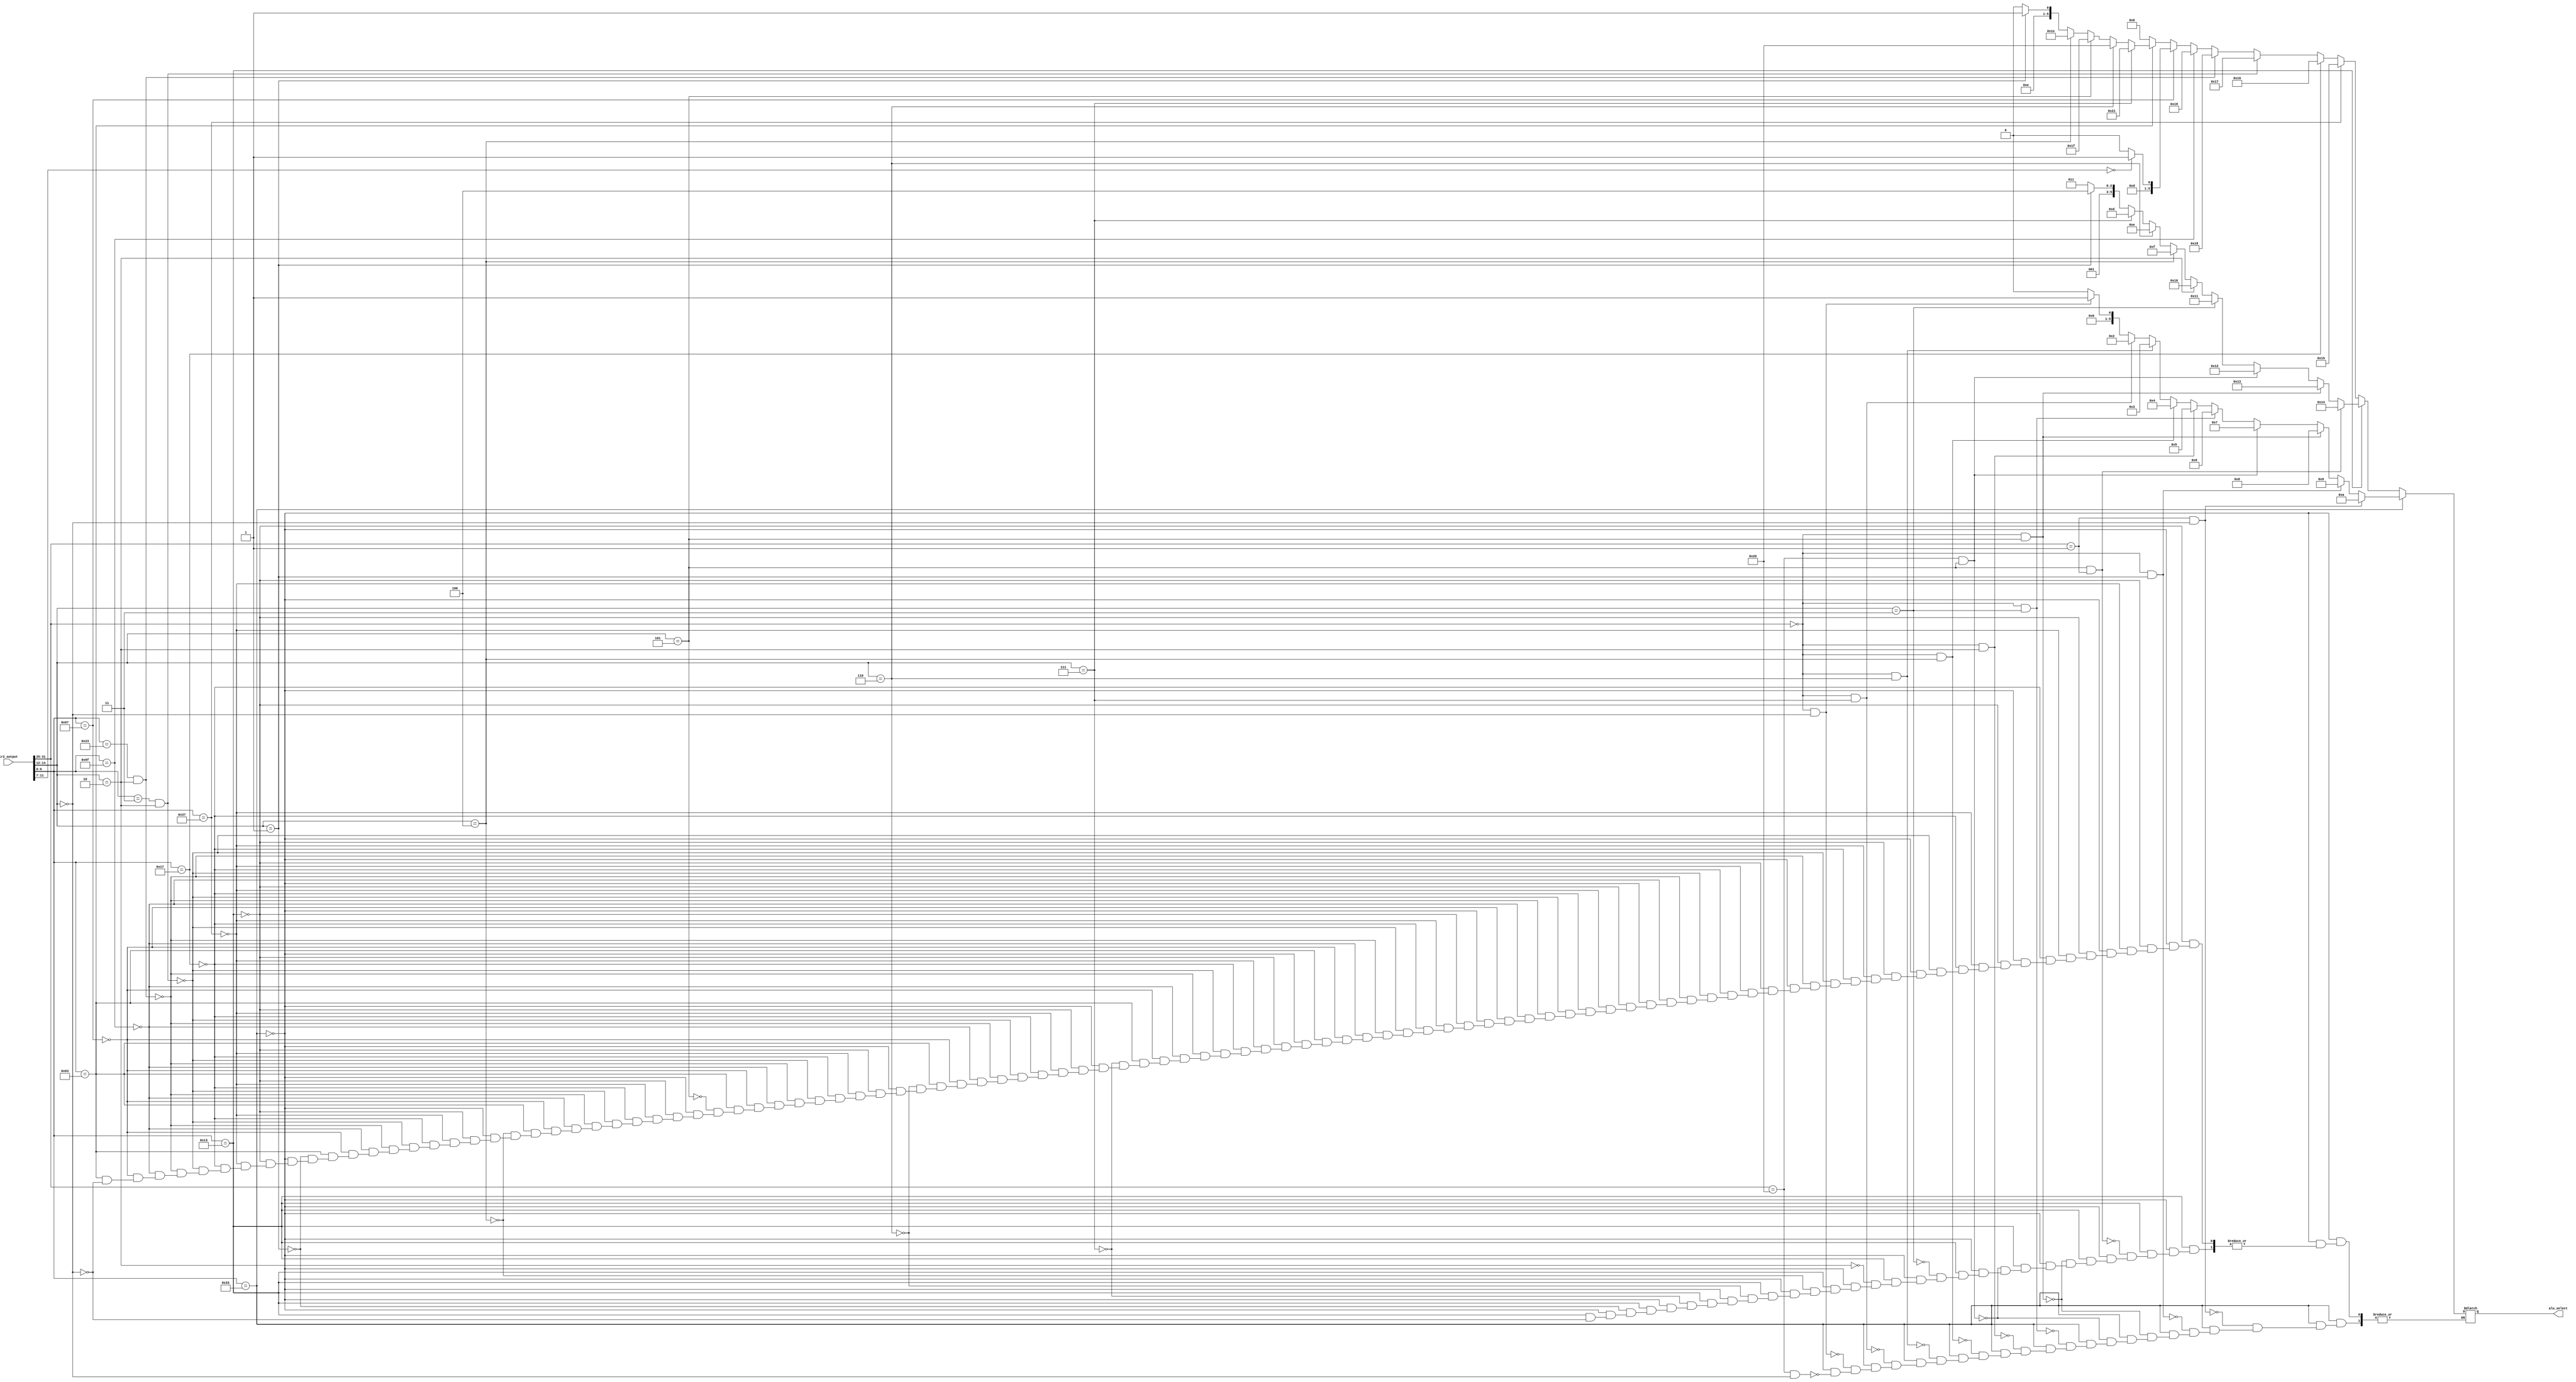
module alu_decode(ir2_output,alu_select);
input[31:0] ir2_output;
output[5:0] alu_select;
reg[5:0] alu_select;
always @(*)
		begin

		if(ir2_output[6:0]==7'b0110011)
		begin
		if(ir2_output[31:25]==7'b0100000&&ir2_output[14:12]==3'b000)
		alu_select = 6'b000000;//add
		if(ir2_output[31:25]==7'b0000000&&ir2_output[14:12]==3'b000)
		alu_select = 6'b000001;//sub
		if(ir2_output[31:25]==7'b0000000&&ir2_output[14:12]==3'b111)
		alu_select = 6'b000010;//and
		if(ir2_output[31:25]==7'b0000000&&ir2_output[14:12]==3'b110)
		alu_select = 6'b000011;//or
		if(ir2_output[31:25]==7'b0000000&&ir2_output[14:12]==3'b100)
		alu_select = 6'b000100;//xor
		if(ir2_output[31:25]==7'b0000000&&ir2_output[14:12]==3'b010)
		alu_select = 6'b000101;//slt
		if(ir2_output[31:25]==7'b0000000&&ir2_output[14:12]==3'b011)
		alu_select = 6'b000110;//sltu
		if(ir2_output[31:25]==7'b0100000&&ir2_output[14:12]==3'b101)
		alu_select = 6'b000111;//sra
		if(ir2_output[31:25]==7'b0000000&&ir2_output[14:12]==3'b101)
		alu_select = 6'b001000;//srl
		if(ir2_output[31:25]==7'b0000000&&ir2_output[14:12]==3'b001)
		alu_select = 6'b001001;//sll
		if(ir2_output[31:25]==7'b0000001&&ir2_output[14:12]==3'b000)
		alu_select = 6'b001010;//mul
		end

		else if(ir2_output[6:0]==7'b0010011)
		begin
		if(ir2_output[14:12] == 3'b000)
		alu_select = 6'b001011;//addi
		if(ir2_output[14:12] == 3'b001)
		alu_select = 6'b001100;//subi
		if(ir2_output[14:12] == 3'b111)
		alu_select = 6'b001101;//andi
		if(ir2_output[14:12] == 3'b110)
		alu_select = 6'b001110;//ori
		if(ir2_output[14:12] == 3'b100)
		alu_select = 6'b001111;//xori
		if(ir2_output[14:12] == 3'b010)
		alu_select = 6'b010000;//slti
		if(ir2_output[14:12] == 3'b011)
		alu_select = 6'b010001;//sltiu
		if(ir2_output[14:12] == 3'b101&&ir2_output[31:25]==7'b0100000)
		alu_select = 6'b010010;//srai
		if(ir2_output[14:12] == 3'b101&&ir2_output[31:25]==7'b0000000)
		alu_select = 6'b010011;//srli
		if(ir2_output[14:12] == 3'b101&&ir2_output[31:25]==7'b0000001)
		alu_select = 6'b010100;//slli
		end

		else if(ir2_output[6:0]==7'b0110111)
		alu_select = 6'b010101;//lui

		else if(ir2_output[6:0]==7'b0010111)
		alu_select = 6'b010110;//auipc

		else if(ir2_output[6:0]==7'b0000011&&ir2_output[14:12]==3'b010)
		alu_select = 6'b010111;//lw

		else if(ir2_output[6:0]==7'b0100011&&ir2_output[14:12]==3'b010)
		alu_select = 6'b011000;//sw

		else if(ir2_output[6:0]==7'b1101111)
		alu_select = 6'b011001;//jal

		else if(ir2_output[6:0]==7'b1100111)
		begin
		if (ir2_output[11:7]==5'b00000)//jr
		alu_select = 6'b011011;
		else
		alu_select = 6'b011010;//jalr
		end

		else if(ir2_output[6:0]==7'b1100011)
		begin
		if(ir2_output[14:12]==3'b000)
		alu_select = 6'b011100;//beq
		if(ir2_output[14:12]==3'b001)
		alu_select = 6'b011101;//bne
		if(ir2_output[14:12]==3'b100)
		alu_select = 6'b011110;//blt
		if(ir2_output[14:12]==3'b101)
		alu_select = 6'b011111;//bge
		if(ir2_output[14:12]==3'b110)
		alu_select = 6'b100000;//bltu
		if(ir2_output[14:12]==3'b111)
		alu_select = 6'b100001;//bgeu
		end

		else 
		alu_select = 6'b000000; //for all other instructions

		end
		endmodule